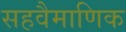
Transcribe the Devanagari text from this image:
सहवैमाणिक